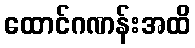
ထောင်ဂဏန်းအထိ